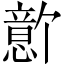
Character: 𪬫